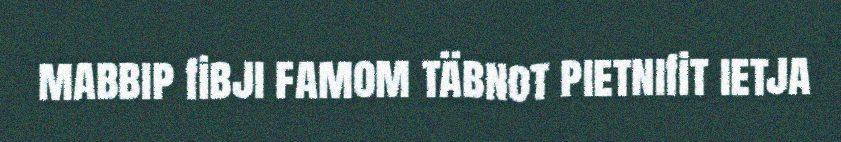
mabbip fibji famom täbnot pietnifit ietja